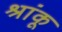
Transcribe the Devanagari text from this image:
श्रांकू